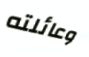
وعائلته